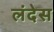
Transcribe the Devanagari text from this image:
लंदेस